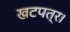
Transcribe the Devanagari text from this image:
खटपत्र।